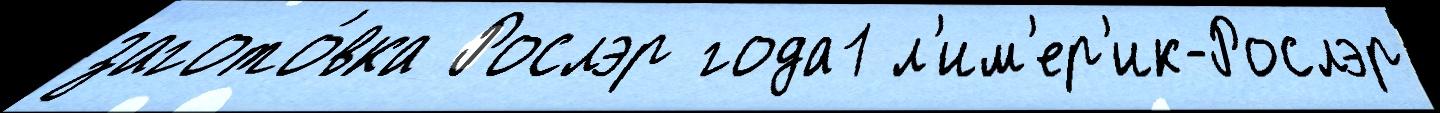
загото́вка Рослэр года1 л'им'ер'ик-Рослэр